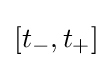
[t_{-},t_{+}]